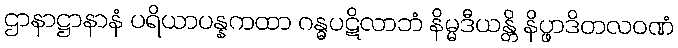
ဌာနာဋ္ဌာနာနံ ပရိယာပန္နကထာ ဂန္ဓပဋိလာဘံ နိမ္မဒီယန္တိ နိပ္ဖာဒိတလဝဏံ